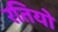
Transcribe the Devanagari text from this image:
रतियो